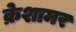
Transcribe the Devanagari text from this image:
क्रेशामर